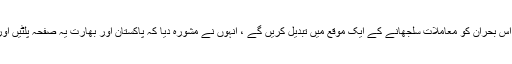
چینی وزیر خارجہ نے امید ظاہر کی کہ بھارت اور پاکستان اس بحران کو معاملات سلجھانے کے ایک موقع میں تبدیل کریں گے ، انہوں نے مشورہ دیا کہ پاکستان اور بھارت یہ صفحہ پلٹیں اور اپنے تعلقات میں بنیادی اور طویل مدتی بہتری لے کر آئیں۔